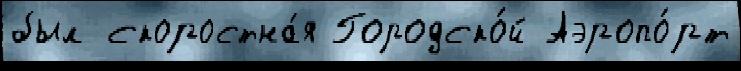
был скоростна́я Городско́й Аэропо́рт